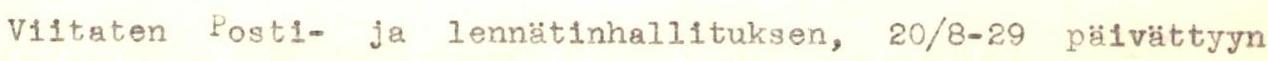
Viitaten Posti- ja lennätinhallituksen, 20/8-29 päivättyyn